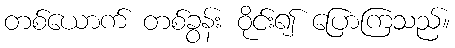
တစ်ယောက် တစ်ခွန်း ဝိုင်း၍ ပြောကြသည်။